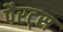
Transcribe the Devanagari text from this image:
पैरट्स